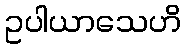
ဥပါယာသေဟိ